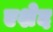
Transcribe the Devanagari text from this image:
एशेद